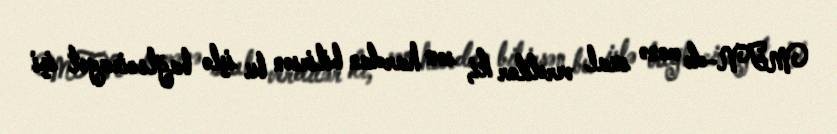
MTN-də mənə sual verdilər ki, sən hardan bilirsən bu işlə bağlı cinayət işi